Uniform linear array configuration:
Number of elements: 32
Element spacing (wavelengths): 0.75
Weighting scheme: hann
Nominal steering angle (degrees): -60
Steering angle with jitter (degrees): -59.242
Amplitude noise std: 0.05
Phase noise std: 0.05

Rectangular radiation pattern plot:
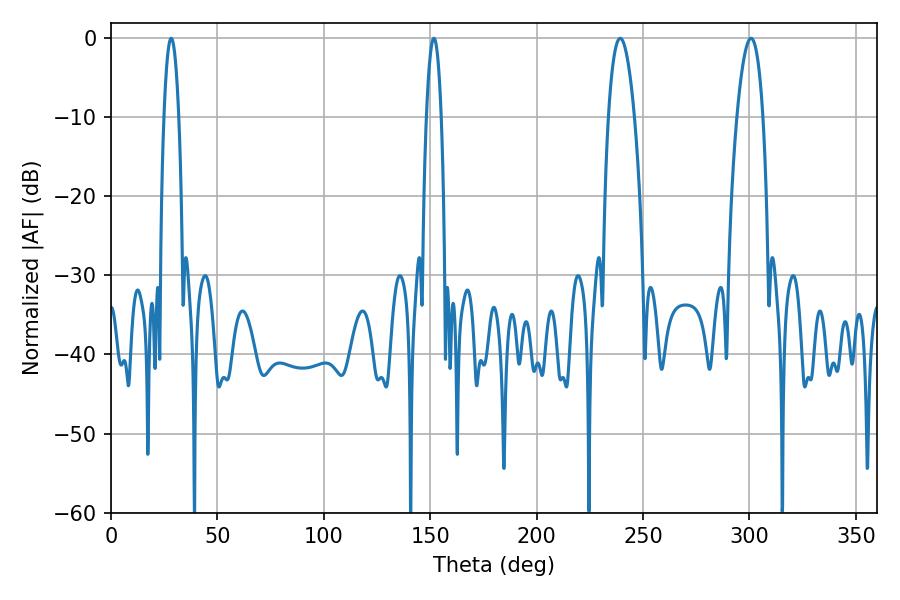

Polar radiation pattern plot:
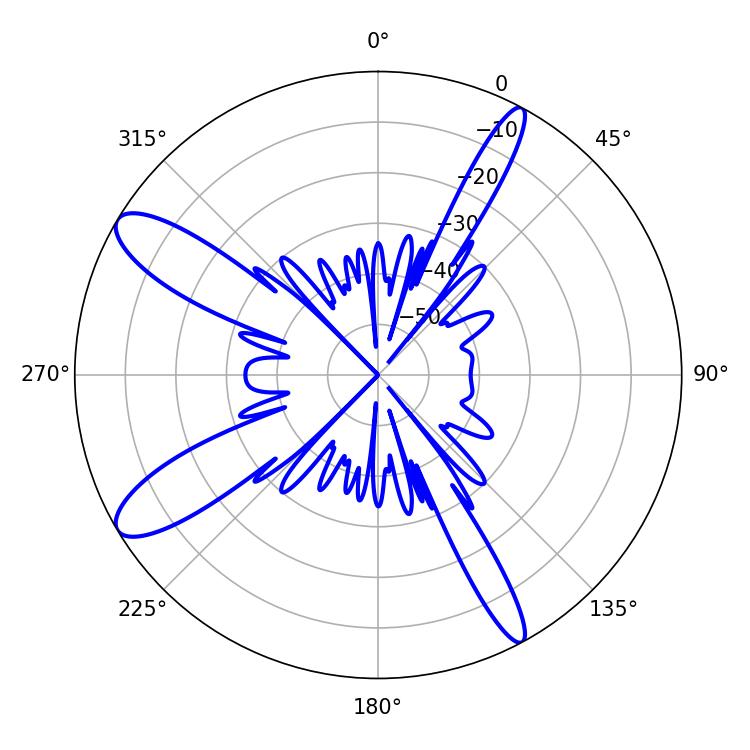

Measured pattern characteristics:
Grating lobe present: TRUE
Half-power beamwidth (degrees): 3.78
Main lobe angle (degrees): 28.26